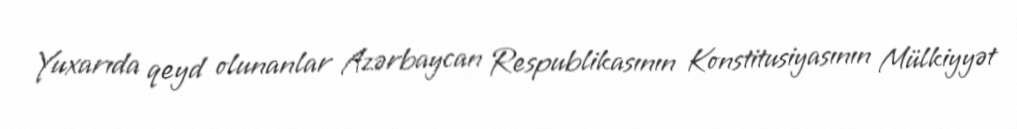
Yuxarıda qeyd olunanlar Azərbaycan Respublikasının Konstitusiyasının Mülkiyyət